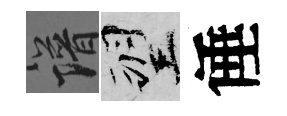
譜望倕